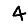
Digit: 4